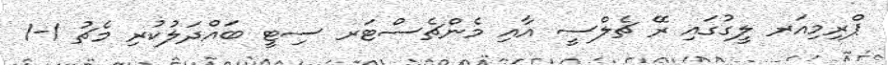
ޕްރިމިއަރ ލީގުގައި ރޭ ޗެލްސީ އާއި މެންޗެސްޓަރ ސިޓީ ބައްދަލުކުރި މެޗު 1-1